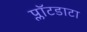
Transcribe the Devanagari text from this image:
प्लॉटडाटा